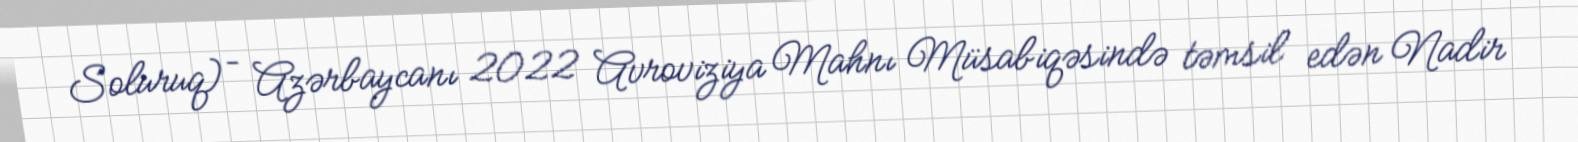
Soluruq) – Azərbaycanı 2022 Avroviziya Mahnı Müsabiqəsində təmsil edən Nadir